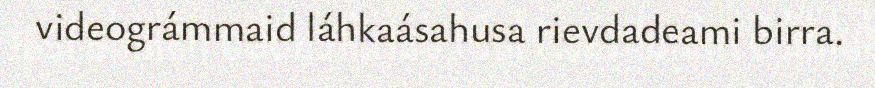
videográmmaid láhkaásahusa rievdadeami birra.